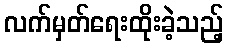
လက်မှတ်ရေးထိုးခဲ့သည့်